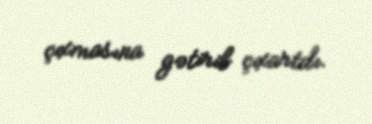
çıxmasına gətirib çıxartdı.